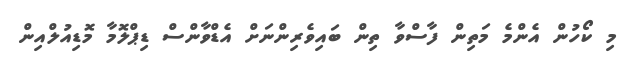
މި ކޯހުން އެންމެ މަތިން ފާސްވާ ތިން ބައިވެރިންނަށް އެޑްވާންސް ޑިޕްލޮމާ މޮޑިއުލްއިން